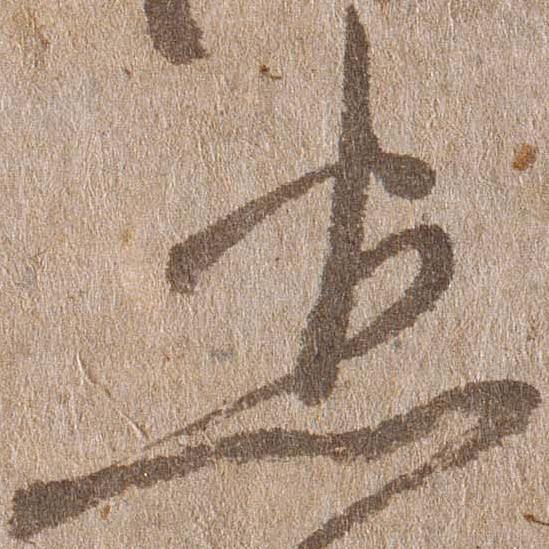
悉